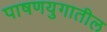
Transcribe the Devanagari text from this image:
पाषणयुगातील